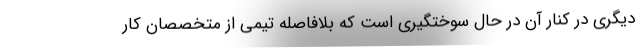
دیگری در کنار آن در حال سوختگیری است که بلافاصله تیمی از متخصصان کار